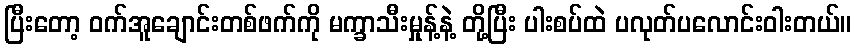
ပြီးတော့ ဝက်အူချောင်းတစ်ဖက်ကို မက္ခာသီးမှုန့်နဲ့ တို့ပြီး ပါးစပ်ထဲ ပလုတ်ပလောင်းဝါးတယ်။